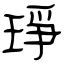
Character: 琤